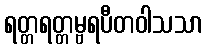
ရတ္တရတ္တမ္ဗရပီတဝါသသာ